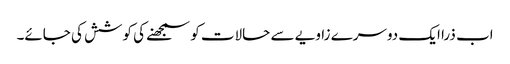
اب ذرا ایک دوسرے زاویے سے حالات کو سمجھنے کی کوشش کی جائے۔